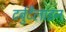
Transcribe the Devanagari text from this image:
टर्बुटैलाइन